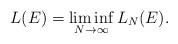
LaTeX: \begin{align*}L(E) = \liminf_{N \to \infty} L_N(E).\end{align*}